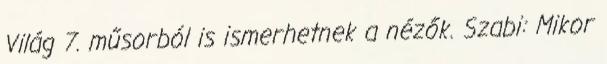
Világ 7. műsorból is ismerhetnek a nézők. Szabi: Mikor